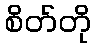
စိတ်တို